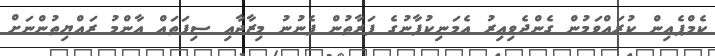
ކެމްޕެއިން ކުރައްވަމުން ގެންދެވިއިރު އެމަނިކުފާނުގެ ފަރާތުން ފެނުނު މިޒާޖާއި ސިފަތައް އާންމު ރައްޔިތުންނަށް